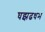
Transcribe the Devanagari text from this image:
घझढधभ